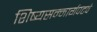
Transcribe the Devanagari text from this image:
शिष्यसन्मार्गपटवे